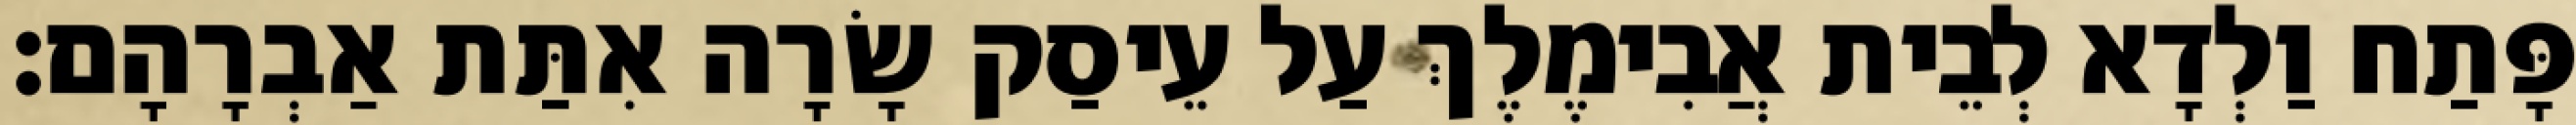
פָּתַח וַלְדָא לְבֵית אֲבִימֶלֶךְ עַל עֵיסַק שָׂרָה אִתַּת אַבְרָהָם׃